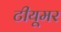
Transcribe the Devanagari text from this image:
टीयूमर